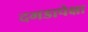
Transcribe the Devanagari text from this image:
दगडापेक्षा